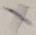
Text: X